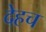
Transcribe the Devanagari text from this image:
देहच